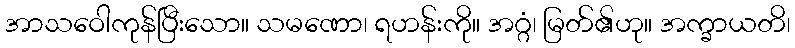
အာသဝေါကုန်ပြီးသော။ သမဏော၊ ရဟန်းကို။ အဂ္ဂံ၊ မြတ်၏ဟု။ အက္ခာယတိ၊